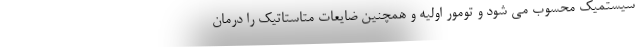
سیستمیک محسوب می شود و تومور اولیه و همچنین ضایعات متاستاتیک را درمان